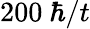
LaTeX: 200~\hbar/t